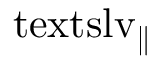
\mathrm { \ t e x t s l { v } } _ { \parallel }